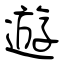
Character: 遊